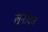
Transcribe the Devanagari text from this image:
लुनावत